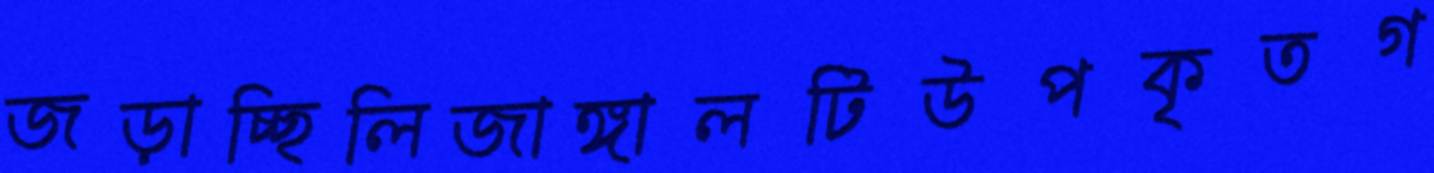
জড়াচ্ছিলিজাঙ্গালটিউপকৃতগ